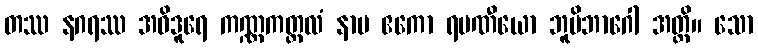
တဿ နဂရဿ အဝိဒူရေ ကဏ္ဏကတ္ထလံ နာမ ဧကော ရမဏီယော ဘူမိဘာဂေါ အတ္ထိ။ သော